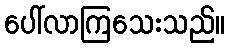
ပေါ်လာကြသေးသည်။